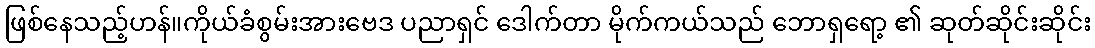
ဖြစ်နေသည့်ဟန်။ကိုယ်ခံစွမ်းအားဗေဒ ပညာရှင် ဒေါက်တာ မိုက်ကယ်သည် ဘောရှရော့ ၏ ဆုတ်ဆိုင်းဆိုင်း